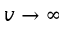
v \to \infty